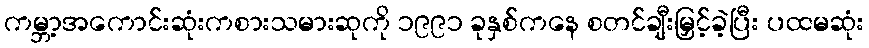
ကမ္ဘာ့အကောင်းဆုံးကစားသမားဆုကို ၁၉၉၁ ခုနှစ်ကနေ စတင်ချီးမြှင့်ခဲ့ပြီး ပထမဆုံး